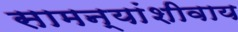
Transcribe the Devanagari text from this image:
सामन्यांशीवाय